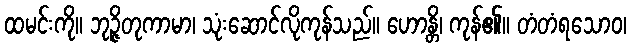
ထမင်းကို။ ဘုဉ္ဇိတုကာမာ၊ သုံးဆောင်လိုကုန်သည်။ ဟောန္တိ၊ ကုန်၏။ တံတံရသောဝ၊